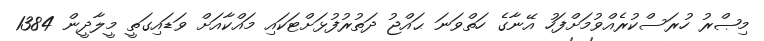
މިޞްރު ހުރަސްކުރެއްވުމަށްފަހު އޭނާގެ ހަތްވަނަ ޙައްޖު ދަތުރުފުޅަށްޓަކައި މައްކާއަށް ވަޑައިގަތީ މީލާދީން 1384